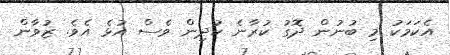
އެކަމަކު މި ބުނުން ދޮގު ކުރާނެ ކުދިން ވެސް އުޅެ އެވެ. ޒުވާން